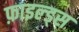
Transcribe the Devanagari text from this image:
फ़ाइल्ड्स